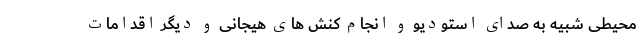
محیطی شبیه به صدای استودیو و انجام کنش های هیجانی و دیگر اقدامات